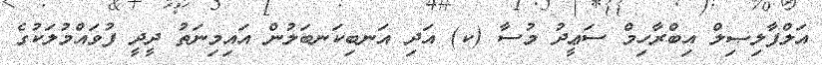
އަލްފާލިޞިލް އިބްރާހިމް ސަޢީދު މުސާ (ކ) އަދި އަނބިކަނބަލުން އައިމިނަތު ދީދީ ފުވައްމުލަކުގެ